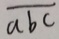
\overline { a b c }